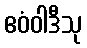
ဧဝံဝါဒီသု